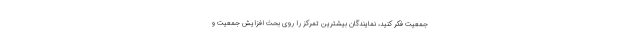
جمعیت فکر کنید، نمایندگان بیشترین تمرکز را روی بحث افزایش جمعیت و